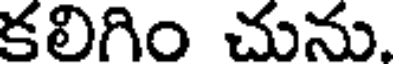
కలిగిం చును.